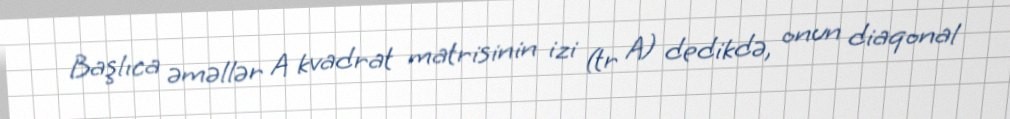
Başlıca əməllər A kvadrat matrisinin izi (tr A) dedikdə, onun diaqonal